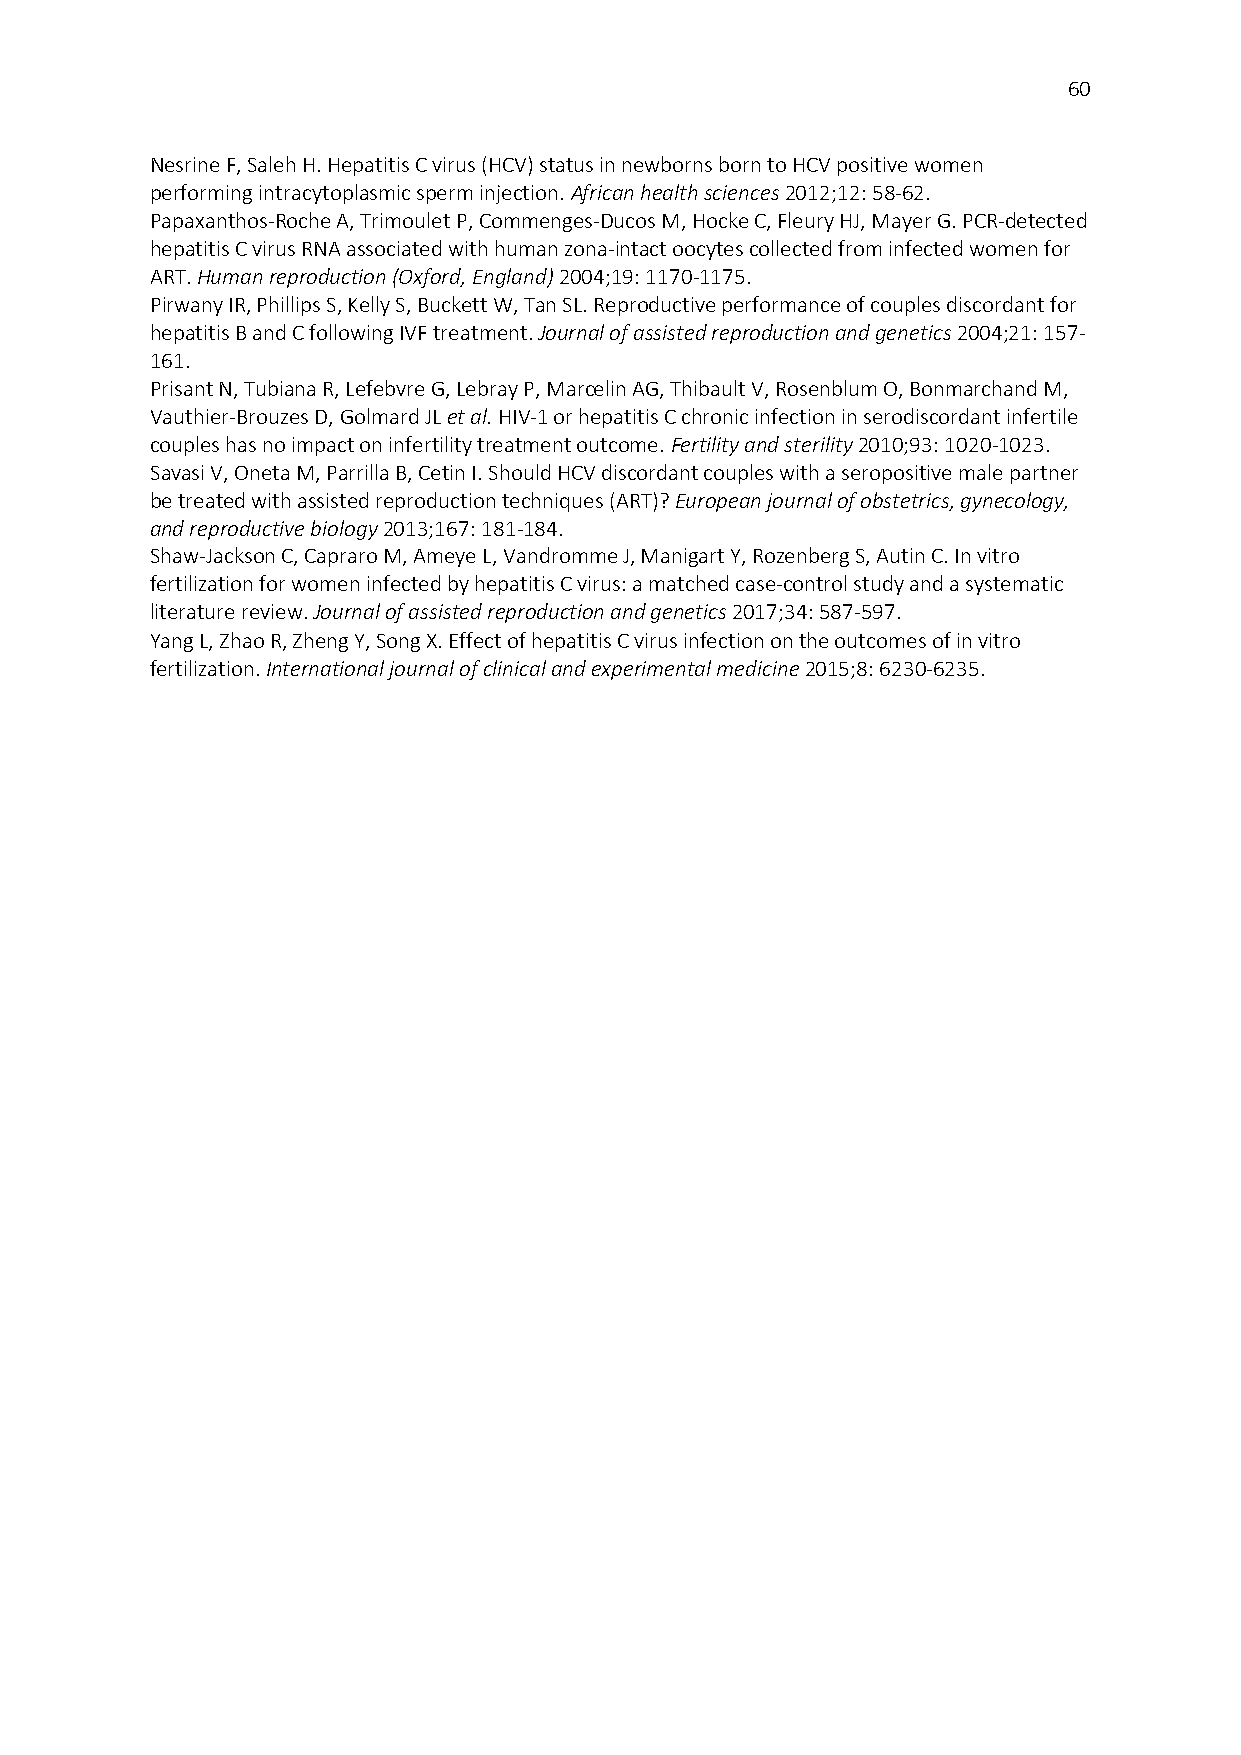
60
 Nesrine F, Saleh H. Hepatitis C virus (HCV) status in newborns born to HCV positive women
 performing intracytoplasmic sperm injection. African health sciences 2012;12: 58-62.
 Papaxanthos-Roche A, Trimoulet P, Commenges-Ducos M, Hocke C, Fleury HJ, Mayer G. PCR-detected
 hepatitis C virus RNA associated with human zona-intact oocytes collected from infected women for
 ART. Human reproduction (Oxford, England) 2004;19: 1170-1175.
 Pirwany IR, Phillips S, Kelly S, Buckett W, Tan SL. Reproductive performance of couples discordant for
 hepatitis B and C following IVF treatment. Journal of assisted reproduction and genetics 2004;21: 157-
 161.
 Prisant N, Tubiana R, Lefebvre G, Lebray P, Marcelin AG, Thibault V, Rosenblum O, Bonmarchand M,
 Vauthier-Brouzes D, Golmard JL et al. HIV-1 or hepatitis C chronic infection in serodiscordant infertile
 couples has no impact on infertility treatment outcome. Fertility and sterility 2010;93: 1020-1023.
 Savasi V, Oneta M, Parrilla B, Cetin I. Should HCV discordant couples with a seropositive male partner
 be treated with assisted reproduction techniques (ART)? European journal of obstetrics, gynecology,
 and reproductive biology 2013;167: 181-184.
 Shaw-Jackson C, Capraro M, Ameye L, Vandromme J, Manigart Y, Rozenberg S, Autin C. In vitro
 fertilization for women infected by hepatitis C virus: a matched case-control study and a systematic
 literature review. Journal of assisted reproduction and genetics 2017;34: 587-597.
 Yang L, Zhao R, Zheng Y, Song X. Effect of hepatitis C virus infection on the outcomes of in vitro
 fertilization. International journal of clinical and experimental medicine 2015;8: 6230-6235.